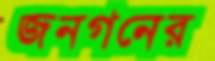
জনগনের